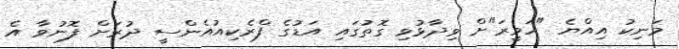
މަނިކު އިއްޔެ "ހަވީރަ"ށް ވިދާޅުވި ގޮތުގައި އަޑުގެ ފްރެކިއުއެންސީ ދުރަށް ފޮނުވާ އެ